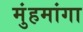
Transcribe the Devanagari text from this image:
मुंहमांगा